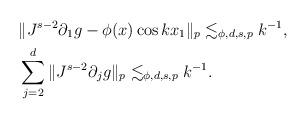
LaTeX: \begin{align*}& \| J^{s-2} \partial_1 g - \phi(x) \cos kx_1 \|_p \lesssim_{\phi,d,s,p} k^{-1}, \\& \sum_{j=2}^d \| J^{s-2} \partial_j g\|_p \lesssim_{\phi,d,s,p} k^{-1}.\end{align*}